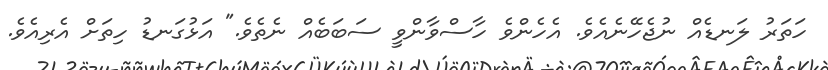
ހަތަރު ލަނޑެއް ނުޖެހޭނެއެވެ. އެހެންވެ ހާސްވާންވީ ސަބަބެއް ނެތެވެ." އަޅުގަނޑު ހިތަށް އެރިއެވެ.